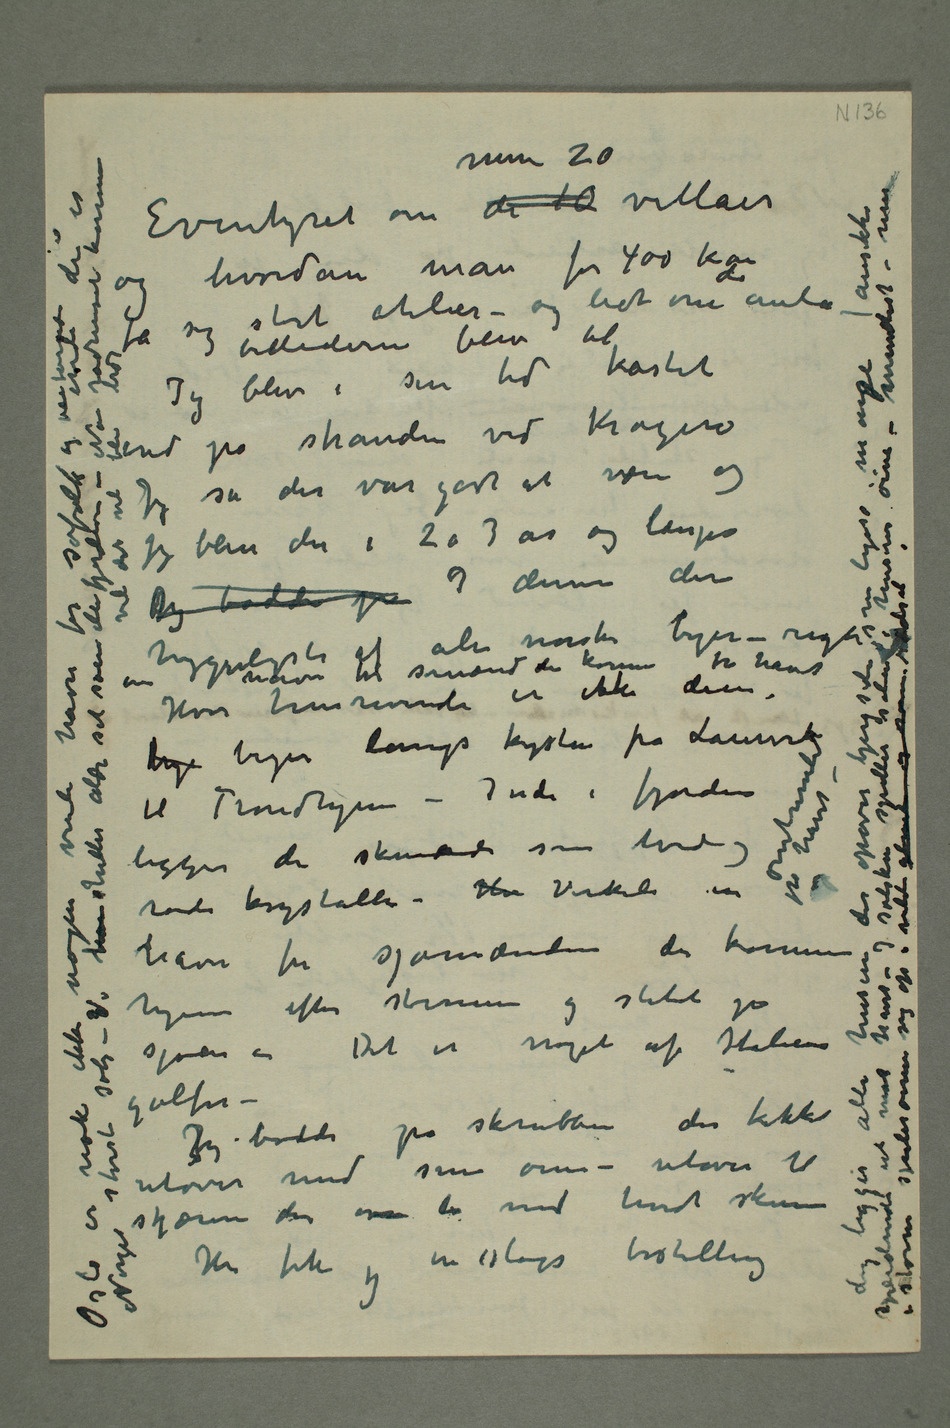
ind på stranden ved Kragerø
ale norske byer – rigti en
havn til sømænd der kommer fra
skjærene der  lå med hvidt skum Jeg fik og en slags
opover bjergsiden som ligeså mange ansikte speidende ut mot havet
– vinduet